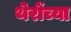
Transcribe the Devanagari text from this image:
थेरोंच्या